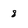
Character: 8